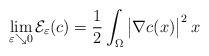
LaTeX: \begin{align*}\lim\limits_{\varepsilon\searrow 0}\mathcal{E}_\varepsilon(c) = \frac{1}{2}\int_{\Omega}\big|\nabla c(x)\big|^2\:x\end{align*}